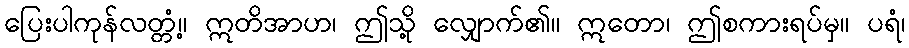
ပြေးပါကုန်လတ္တံ့။ ဣတိအာဟ၊ ဤသို့ လျှောက်၏။ ဣတော၊ ဤစကားရပ်မှ။ ပရံ၊